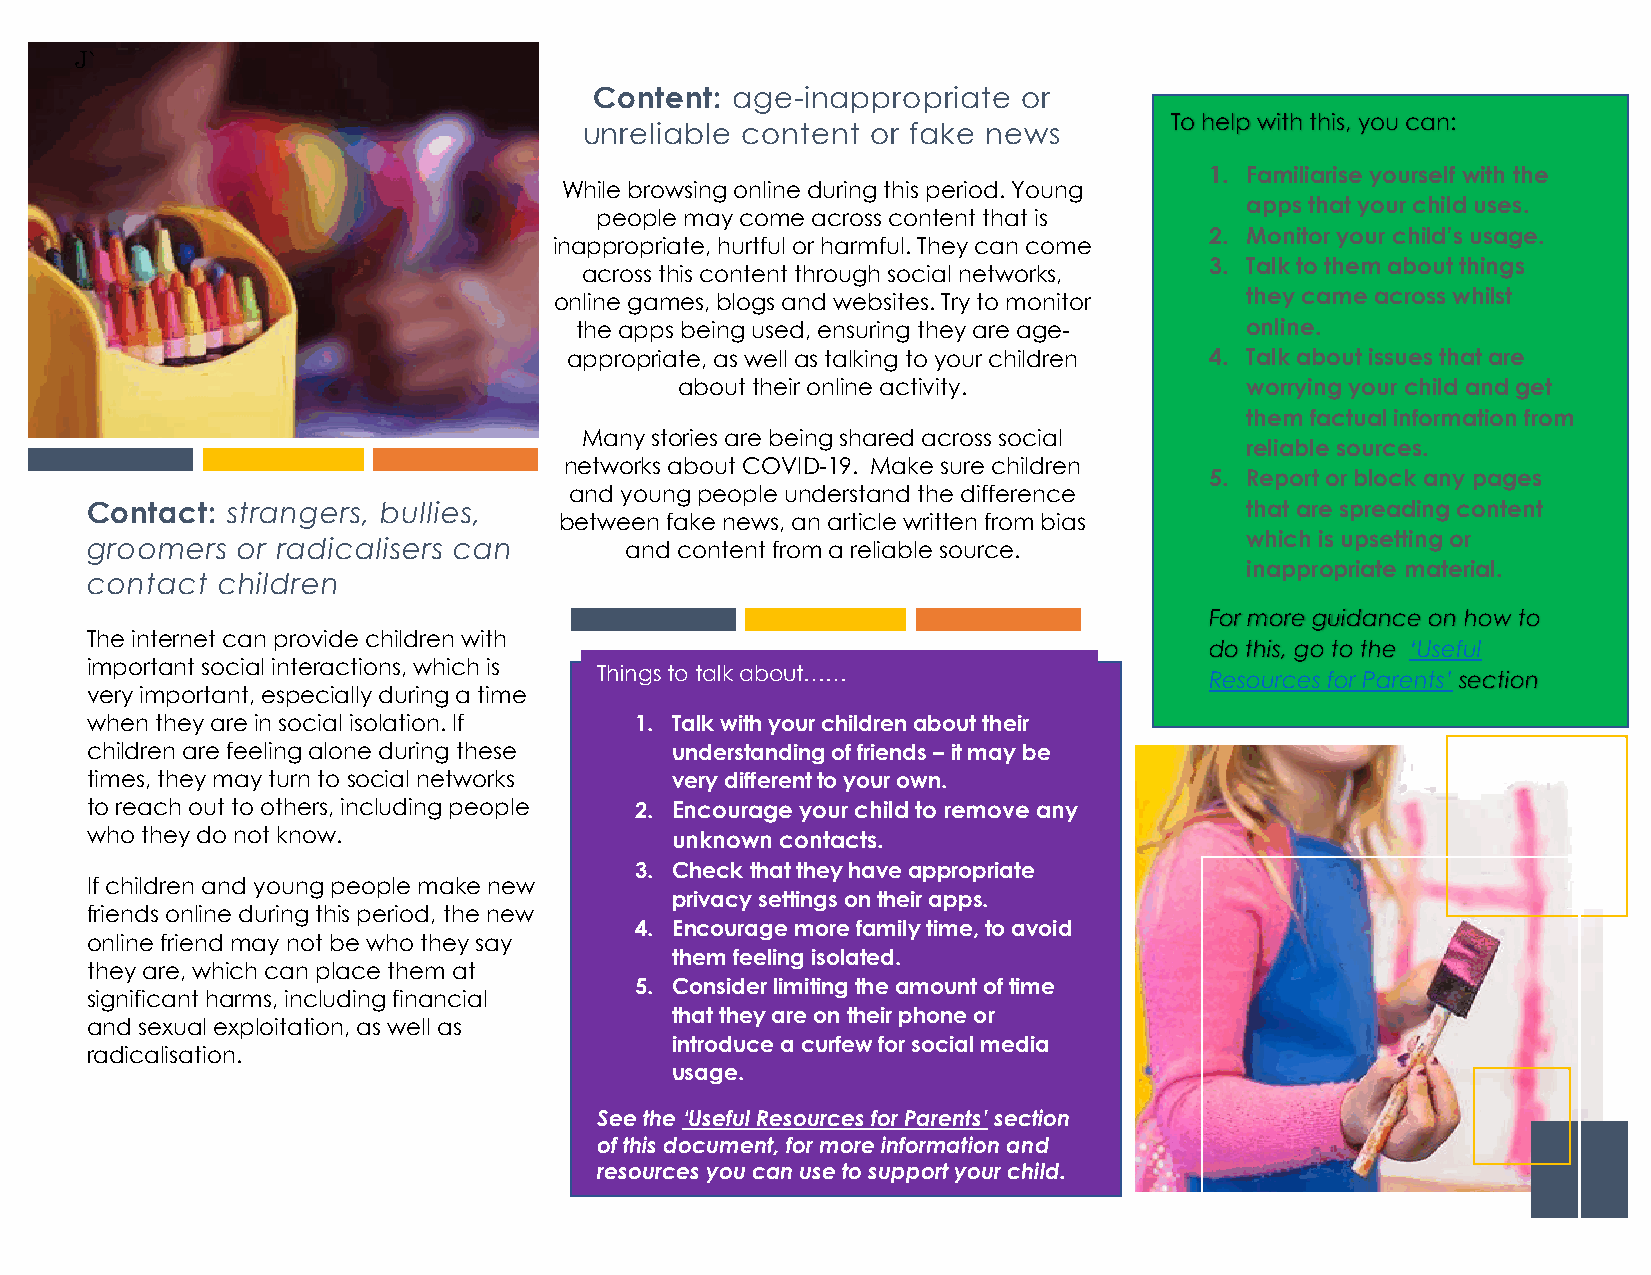
J`
 Content: age-inappropriate   or
 To help with this, you can:
 unreliable content or fake news
 1. Familiarise yourself with the
 While browsing online during this period. Young
 apps that your child uses.
 people may come across content that is
 2. Monitor your child’s usage.
 inappropriate, hurtful or harmful. They can come
 3. Talk to them about things
 across this content through social networks,
 online games, blogs and websites. Try to monitor they came across whilst
 the apps being used, ensuring they are age- online.
 appropriate, as well as talking to your children 4. Talk about issues that are
 about their online activity.         worrying your child and get
 them factual information from
 Many stories are being shared across social
 reliable s ources.
 networks about COVID-19. Make sure children
 5. Report or block any pages
 and young people understand the difference
 Contact: strangers, bullies,                                                that are spreading content
 between fake news, an article written from bias
 which is upsetting or
 groomers  or radicalisers can      and content from a reliable source.
 inappropriate material.
 contact children
 For more guidance on how to
 The internet can provide children with
 do this, go to the ‘Useful
 important social interactions, which is
 Things to talk about……
 Resources for Parents’ section
 very important, especially during a time
 when they are in social isolation. If 1. Talk with your children about their
 children are feeling alone during these understanding of friends – it may be
 times, they may turn to social networks very different to your own.
 to reach out to others, including people 2. Encourage your child to remove any
 who they do not know.                 unknown contacts.
 3. Check that they have appropriate
 If children and young people make new
 privacy settings on their apps.
 friends online during this period, the new
 4. Encourage more family time, to avoid
 online friend may not be who they say
 them feeling isolated.
 they are, which can place them at
 5. Consider limiting the amount of time
 significant harms, including financial
 that they are on their phone or
 and sexual exploitation, as well as
 introduce a curfew for social media
 radicalisation.
 usage.
 See the ‘Useful Resources for Parents’ section
 of this document, for more information and
 resources you can use to support your child.